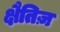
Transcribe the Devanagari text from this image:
क्षैतिज़